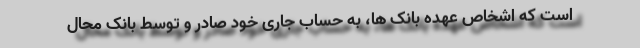
است که اشخاص عهده بانک ها، به حساب جاری خود صادر و توسط بانک محال